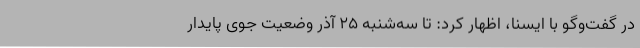
در گفت‌وگو با ایسنا، اظهار کرد: تا سه‌شنبه 25 آذر وضعیت جوی پایدار